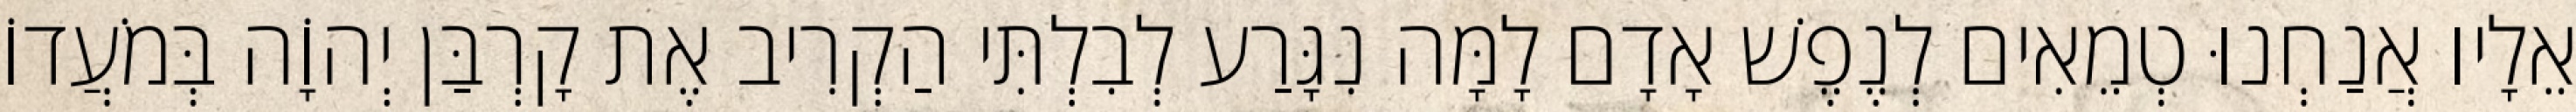
אֵלָיו אֲנַחְנוּ טְמֵאִים לְנֶפֶשׁ אָדָם לָמָּה נִגָּרַע לְבִלְתִּי הַקְרִיב אֶת קָרְבַּן יְהוָֹה בְּמֹעֲדוֹ